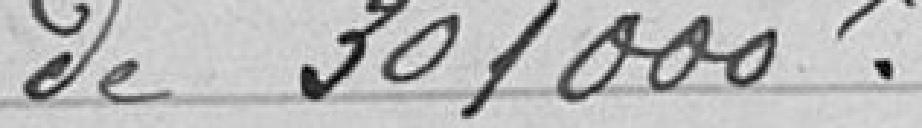
de 301 000 francs